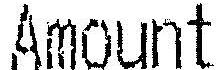
AMOUNT